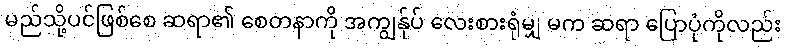
မည်သို့ပင်ဖြစ်စေ ဆရာ၏ စေတနာကို အကျွန်ုပ် လေးစားရုံမျှ မက ဆရာ ပြောပုံကိုလည်း